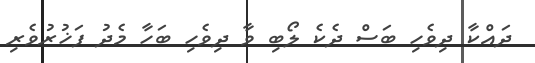
ދައްކާ ދިވެހި ބަސް ދެކެ ލޯބި ވާ ދިވެހި ބަހާ މެދު ފަޚުރުވެރި